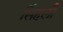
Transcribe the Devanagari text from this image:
सिंहलीं